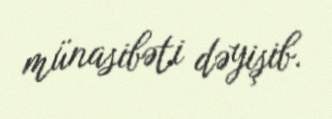
münasibəti dəyişib.